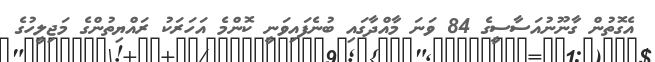
އެގޮތުން ގާނޫނުއަސާސީގެ 84 ވަނަ މާއްދާގައި ބުނެފައިވަނީ ކޮންމެ އަހަރަކު ރައްޔިތުންގެ މަޖިލީހުގެ